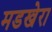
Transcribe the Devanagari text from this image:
मडखेरा